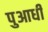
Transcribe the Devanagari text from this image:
पुआधी